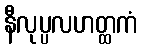
နီလုပ္ပလဟတ္ထကံ